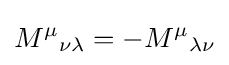
{M^{\mu }}_{\nu \lambda }=-{M^{\mu }}_{\lambda \nu }